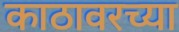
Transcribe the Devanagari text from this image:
काठावरच्या